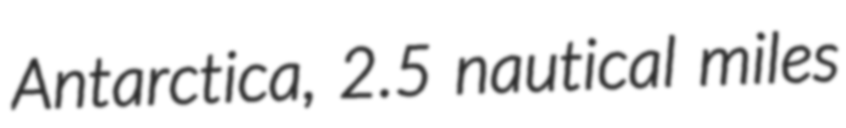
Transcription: Antarctica, 2.5 nautical miles